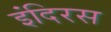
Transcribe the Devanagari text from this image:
इंदिरस